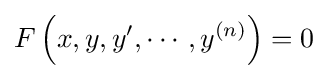
F\left(x,y,y',\cdots ,y^{(n)}\right)=0